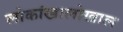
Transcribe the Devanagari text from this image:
लोकांखालोखाल